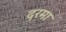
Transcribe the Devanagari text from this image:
दरमा